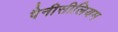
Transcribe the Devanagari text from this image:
पैनीसीलियम